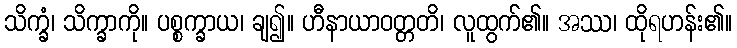
သိက္ခံ၊ သိက္ခာကို။ ပစ္စက္ခာယ၊ ချ၍။ ဟီနာယာဝတ္တတိ၊ လူထွက်၏။ အဿ၊ ထိုရဟန်း၏။